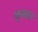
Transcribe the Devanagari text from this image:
कुसहा